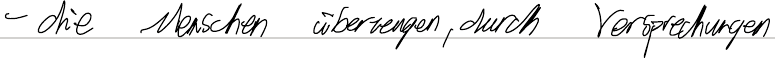
- die Menschen überzeugen, durch Versprechungen